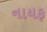
નાયફ